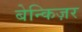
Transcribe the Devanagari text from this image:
बेन्किज़र